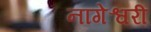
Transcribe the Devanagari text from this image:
नागेश्वरी